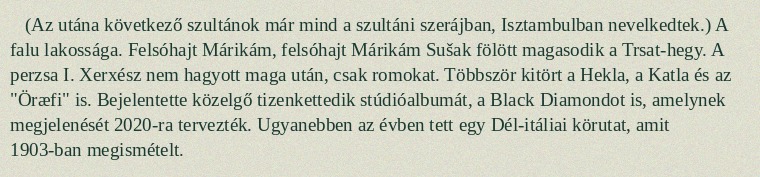
(Az utána következő szultánok már mind a szultáni szerájban, Isztambulban nevelkedtek.) A falu lakossága. Felsóhajt Márikám, felsóhajt Márikám Sušak fölött magasodik a Trsat-hegy. A perzsa I. Xerxész nem hagyott maga után, csak romokat. Többször kitört a Hekla, a Katla és az "Öræfi" is. Bejelentette közelgő tizenkettedik stúdióalbumát, a Black Diamondot is, amelynek megjelenését 2020-ra tervezték. Ugyanebben az évben tett egy Dél-itáliai körutat, amit 1903-ban megismételt.